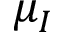
\mu _ { I }